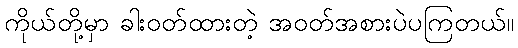
ကိုယ်တို့မှာ ခါးဝတ်ထားတဲ့ အဝတ်အစားပဲပကြတယ်။